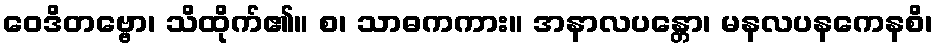
ဝေဒိတဗ္ဗော၊ သိထိုက်၏။ စ၊ သာဓကကား။ အနာလပန္တော၊ မနလပနကေနစိ၊